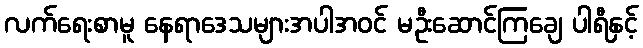
လက်ရေးစာမူ နေရာဒေသများအပါအဝင် မဦးဆောင်ကြချေ ပါရီနှင့်